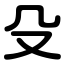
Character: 殳